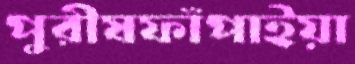
পুরীষফাঁপাইয়া